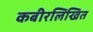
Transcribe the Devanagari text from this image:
कबीरलिखित